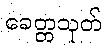
ခေတ္တသုတ်